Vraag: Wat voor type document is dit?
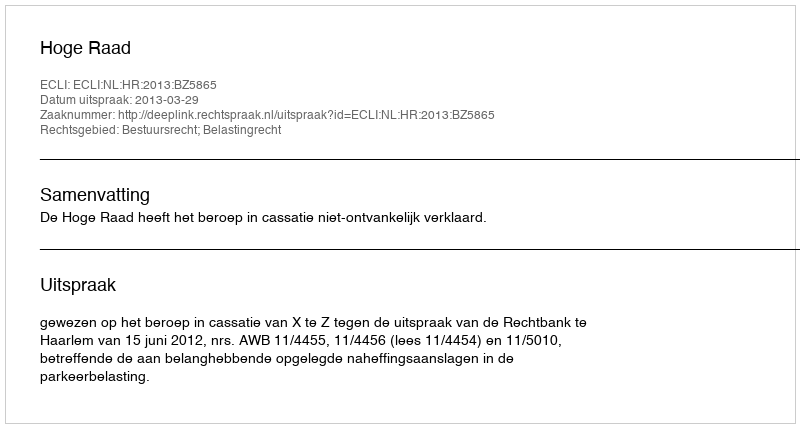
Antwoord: Uitspraak